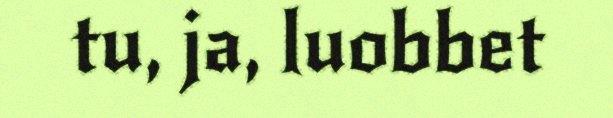
tu, ja, luobbet